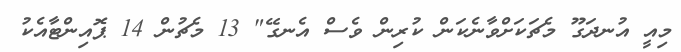
މިއީ އުނދަގޫ މެޗަކަށްވާނެކަން ކުރިން ވެސް އެނގޭ" 13 މެޗުން 14 ޕޮއިންޓާއެކު